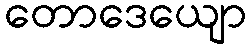
တောဒေယျော